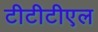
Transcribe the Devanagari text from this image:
टीटीटीएल